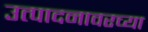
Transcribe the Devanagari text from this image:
उत्पादनावरच्या